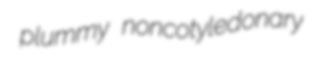
plummy noncotyledonary